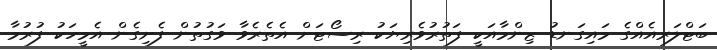
ބަޓްލަރއެއްގެ މައިގަނޑު ޒިންމާއަކީ ފަތުރުވެރިޔަކު ރިސޯޓަށް އެތެރެވާ ވަގުތުން ފެށިގެން އެމީހަކު ފުރުމާ